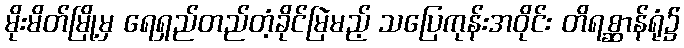
မိုးမိတ်မြို့မှ ရေရှည်တည်တံ့ခိုင်မြဲမည့် သပြေကုန်းအဝိုင်း တိရစ္ဆာန်ရုံ၌